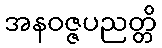
အနဝဇ္ဇပညတ္တိ